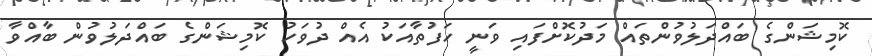
ކޮމިޝަންގެ ބައްދަލުވުންތައް މަދުކޮށްފައި ވަނީ ހަފުތާއަކު އެއް ދުވަހު ކޮމިޝަންގެ ބައްދަލުވުން ބާއްވާ